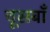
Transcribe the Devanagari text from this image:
चूसबाँ